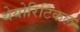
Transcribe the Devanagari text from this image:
थेयोरिटिकल